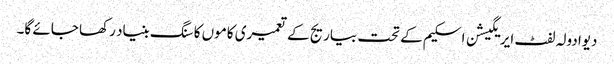
دیوادولہ لفٹ ایریگیشن اسکیم کے تحت بیاریج کے تعمیری کاموں کا سنگ بنیاد رکھا جائے گا۔